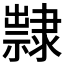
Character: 𨾀